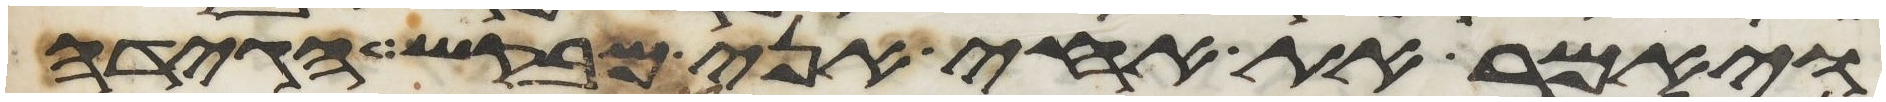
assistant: ויאמר את אחי אני מבקש הגידה